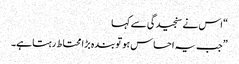
“ اس نے سنجیدگی سے کہا
”جب یہ احساس ہو تو بندہ بڑا محتاط رہتا ہے۔